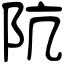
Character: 阬